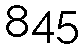
845